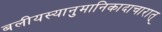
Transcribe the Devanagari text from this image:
बलीयस्यानुमानिकादाचारात्